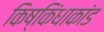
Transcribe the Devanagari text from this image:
किष्किंधाकांड